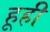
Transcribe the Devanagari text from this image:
हूही